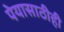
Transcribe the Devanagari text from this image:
पेयासाठीही